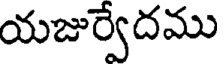
యజుర్వేదము